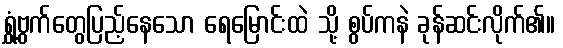
ရွှံ့ဗွက်တွေပြည့်နေသော ရေမြောင်းထဲ သို့ စွပ်ကနဲ ခုန်ဆင်းလိုက်၏။